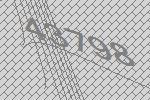
43798